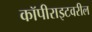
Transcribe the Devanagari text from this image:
कॉपीराइटवरील